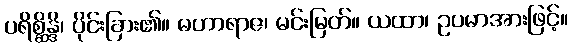
ပရိစ္ဆိန္ဒိ၊ ပိုင်းခြား၏။ မဟာရာဇ၊ မင်းမြတ်။ ယထာ၊ ဥပမာအားဖြင့်။